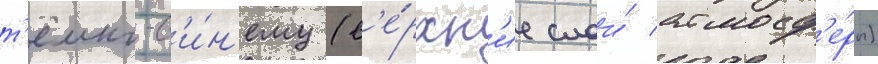
т'ёмно-с'и́н'ему (в'е́рхн'ие слои́ атмосф'е́ры)